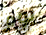
يوم